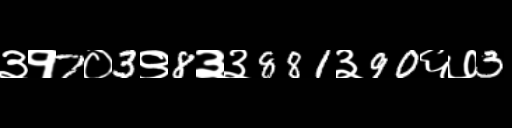
Text: ३१7०3९8३३881३90६७3